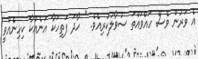
އެ ވަރުން ވެސް ހައްވައްތަ ސުވާލުކުރިއެވެ. " ހާދަ ފަތިހަކާ އަނެއްކާ ކިހިނެއްވީ